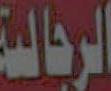
الرجالية